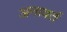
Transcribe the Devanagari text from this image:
अनावर्त